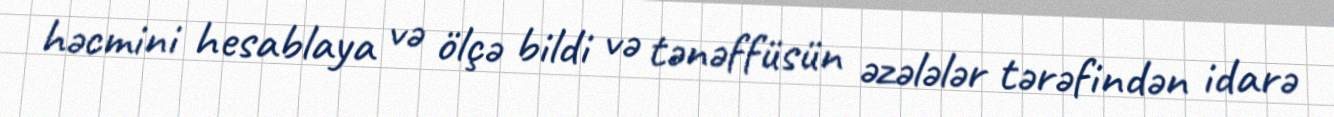
həcmini hesablaya və ölçə bildi və tənəffüsün əzələlər tərəfindən idarə